Annual report of the Punjab Veterinary College and of the Civil Veterinary Department, Punjab - 1909-1919
Year: 1909
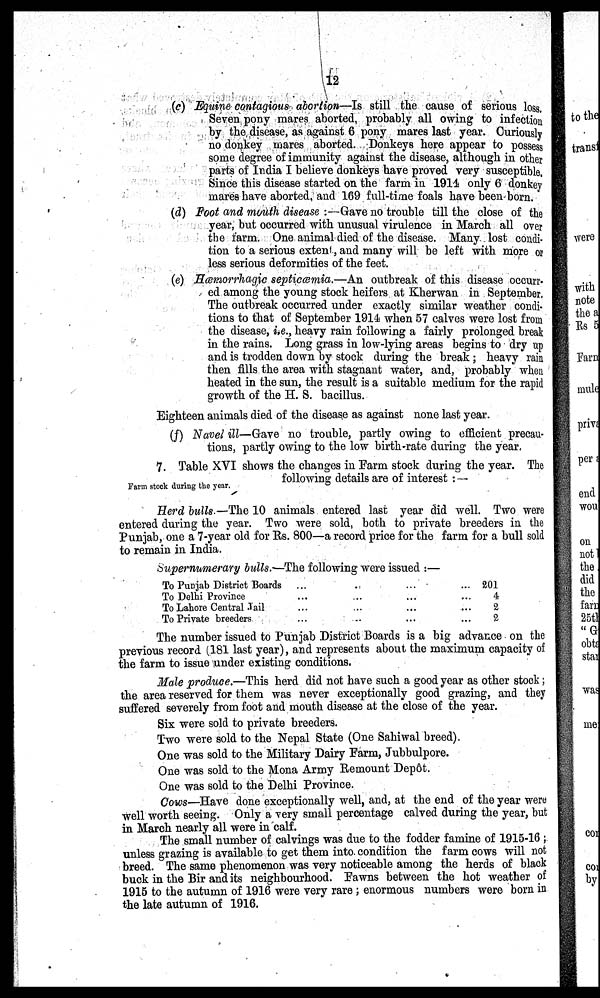
12
(c) Equine contagious abortion—Is still the cause of serious loss.
Seven pony mares aborted, probably all owing to infection
by the disease, as against 6 pony mares last year. Curiously
no donkey mares aborted. Donkeys here appear to possess
some degree of immunity against the disease, although in other
parts of India I believe donkeys have proved very susceptible.
Since this disease started on the farm in 1914 only 6 donkey
mares have aborted, and 169 full-time foals have been born.
(d) Foot and mouth disease : Gave no trouble till the close of the
year, but occurred with unusual virulence in March all over
the farm. One animal died of the disease. Many lost condi-
tion to a serious extent, and many will be left with more or
less serious deformities of the feet.
(e) Hæmorrhagic septicæmia.—An outbreak of this disease occurr.
ed among the young stock heifers at Kherwan in September.
The outbreak occurred under exactly similar weather condi-
tions to that of September 1914 when 57 calves were lost from
the disease, i.e., heavy rain following a fairly prolonged break
in the rains. Long grass in low-lying areas begins to dry up
and is trodden down by stock during the break ; heavy rain
then fills the area with stagnant water, and, probably when
heated in the sun, the result is a suitable medium for the rapid
growth of the H. S. bacillus.
Eighteen animals died of the disease as against none last year.
(f) Navel ill—Gave no trouble, partly owing to efficient precau-
tions, partly owing to the low birth-rate during the year,
Farm stock during the year.
7. Table XVI shows the changes in Farm stock during the year. The
following details are of interest : —
Herd bulls.—The 10 animals entered last year did well. Two were
entered during the year. Two were sold, both to private breeders in the
Punjab, one a 7-year old for Rs. 800—a record price for the farm for a bull sold
to remain in India.
Supernumerary bulls.—The following were issued :—
To Punjab District Boards
To Delhi Province
To Lahore Central Jail
To Private breeders
...
...
...
...
...
...
...
..
...
...
...
...
...
...
...
...
201
4
0
2
The number issued to Punjab District Boards is a big advance on the
previous record (181 last year), and represents about the maximum capacity of
the farm to issue under existing conditions.
Male produce.—This herd did not have such a good year as other stock ;
the area reserved for them was never exceptionally good grazing, and they
suffered severely from foot and mouth disease at the close of the year.
Six were sold to private breeders.
Two were sold to the Nepal State (One Sahiwal breed).
One was sold to the Military Dairy Farm, Jubbulpore.
One was sold to the Mona Army Remount Depôt.
One was sold to the Delhi Province.
Cows—Have done exceptionally well, and, at the end of the year wert
well worth seeing. Only a very small percentage calved during the year, bu-
-n March nearly all were in calf.
The small number of calvings was due to the fodder famine of 1915-16 ;
unless grazing is available to get them into condition the farm cows will not
breed. The same phenomenon was very noticeable among the herds of black
buck in the Bir and its neighbourhood. Fawns between the hot weather of
1915 to the autumn of 1916 were very rare ; enormous numbers were born in
the late autumn of 1916.